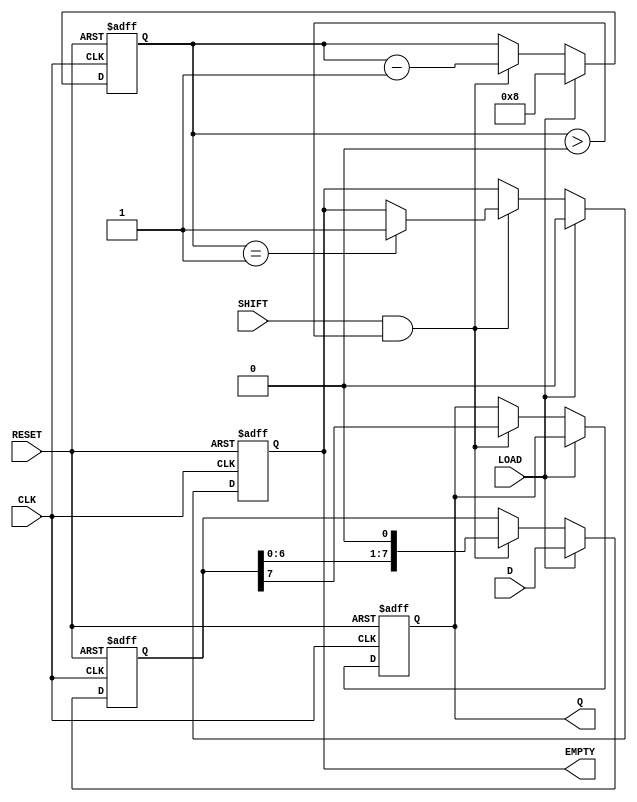
module PISO_Register #(
    parameter WIDTH = 8  // Parameter for width of the register
)(
    input wire [WIDTH-1:0] D,    // Parallel data input
    input wire LOAD,              // Load control signal
    input wire SHIFT,             // Shift control signal
    input wire CLK,               // Clock signal
    input wire RESET,             // Asynchronous reset signal
    output reg Q,                 // Serial output
    output reg EMPTY              // Empty signal
);

    reg [WIDTH-1:0] shift_reg;    // Shift register to hold data
    reg [3:0] count;               // Counter to keep track of shifted bits

    // Asynchronous reset
    always @(posedge CLK or posedge RESET) begin
        if (RESET) begin
            shift_reg <= {WIDTH{1'b0}}; // Clear the shift register
            Q <= 1'b0;                 // Clear the output
            EMPTY <= 1'b1;             // Register is empty
            count <= 0;                // Reset counter
        end else begin
            if (LOAD) begin
                shift_reg <= D;         // Load data into shift register
                count <= WIDTH;         // Set count to WIDTH
                EMPTY <= 1'b0;          // Register is not empty
            end else if (SHIFT && count > 0) begin
                Q <= shift_reg[WIDTH-1]; // Output MSB
                shift_reg <= {shift_reg[WIDTH-2:0], 1'b0}; // Shift left
                count <= count - 1;     // Decrement count
                if (count == 1) begin
                    EMPTY <= 1'b1;       // Register is empty after last shift
                end
            end
        end
    end

endmodule